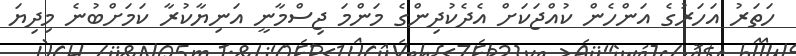
ހަތަރު އަހަރުގެ އަންހެން ކުއްޖަކަށް އެދެކުދިންގެ މަންމަ ޖިސްމާނީ އަނިޔާކުރާ ކަމަށްބުނެ މިދިޔަ